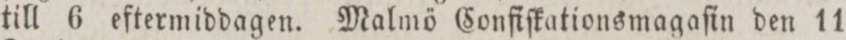
till 6 eftermiddagen. Malmö Confiſkationsmagaſin den 11